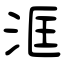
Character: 洭